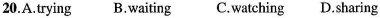
20.A.Trying B.Waiting C.Watching D.Sharing